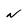
Character: n